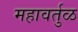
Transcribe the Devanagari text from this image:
महावर्तुळ